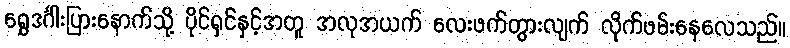
ရွှေဒင်္ဂါးပြားနောက်သို့ ပိုင်ရှင်နှင့်အတူ အလုအယက် လေးဖက်တွားလျက် လိုက်ဖမ်းနေလေသည်။